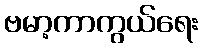
ဗမာ့ကာကွယ်ရေး